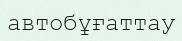
автобұғаттау